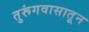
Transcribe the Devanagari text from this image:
तुरूंगवासातून